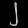
Digit: ၂